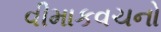
વીમાકવચનો